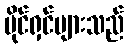
ပိုင်ရှင်များသည်